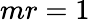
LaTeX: mr=1